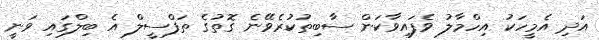
އަދި އެމީހަކު އިހްމާލު ވެފައިވާކަން ސާބިތުކުރެވޭނެ ގޮތުގެ ތަފްސީލް އެ ބިލްގައި ވަނީ